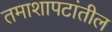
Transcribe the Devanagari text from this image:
तमाशापटांतील